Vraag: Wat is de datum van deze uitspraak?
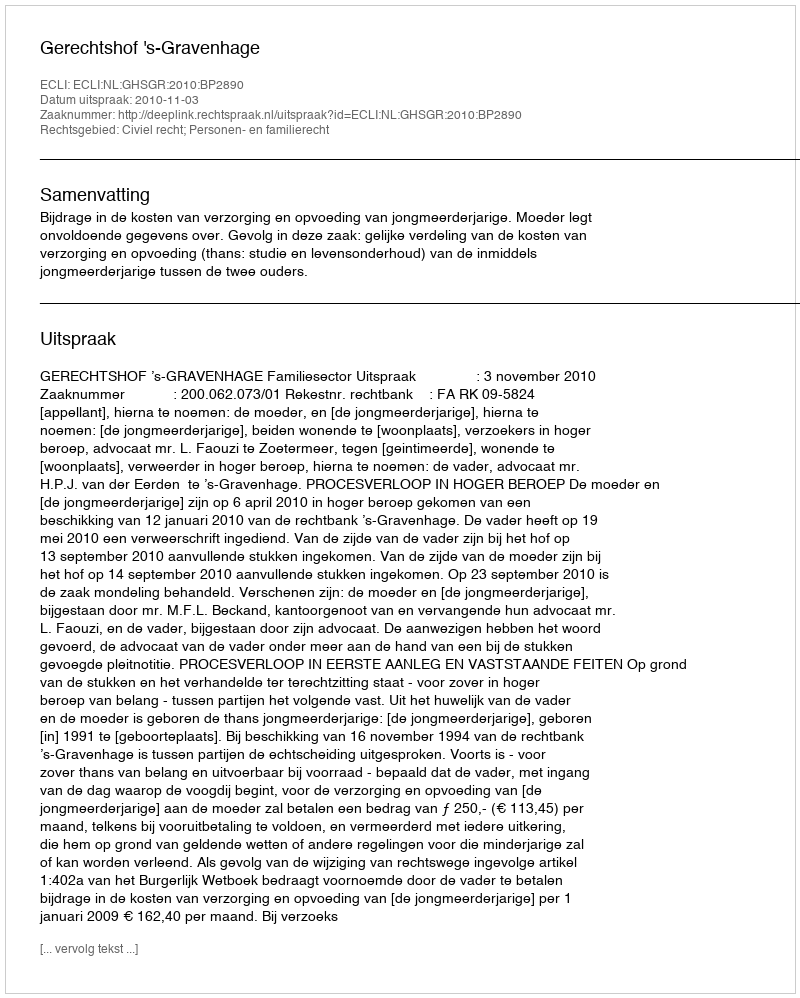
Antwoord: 2010-11-03